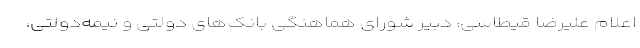
اعلام علیرضا قیطاسی، دبیر شورای هماهنگی بانک‌های دولتی و نیمه‌دولتی،